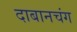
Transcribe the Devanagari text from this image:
दाबानचंग